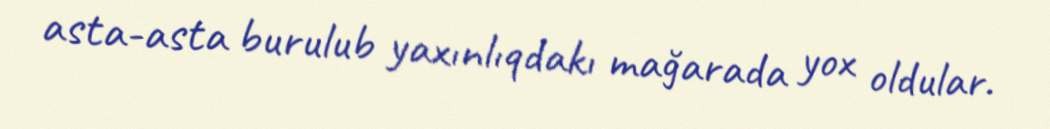
asta-asta burulub yaxınlıqdakı mağarada yox oldular.